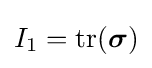
I_{1}=\mathrm {tr} ({\boldsymbol {\sigma }})